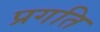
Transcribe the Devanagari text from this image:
प्रगति